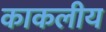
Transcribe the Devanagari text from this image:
काकलीय